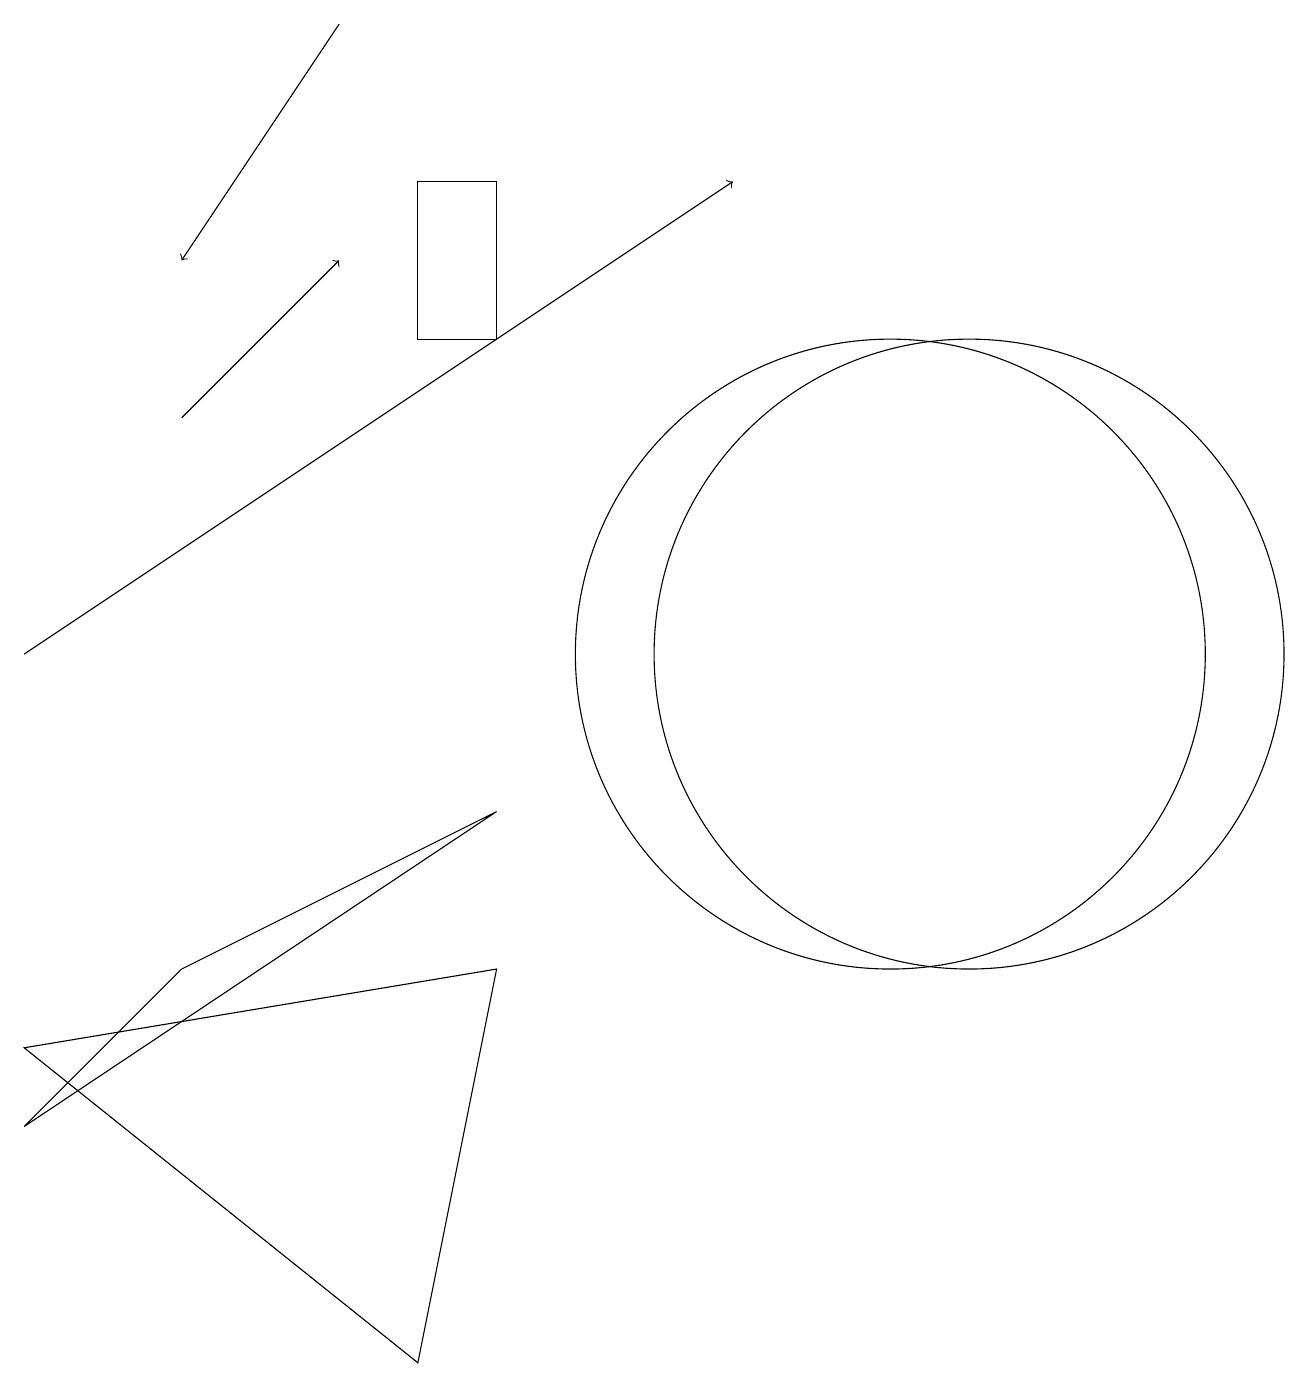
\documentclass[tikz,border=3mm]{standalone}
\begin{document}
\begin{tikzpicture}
\draw (6,9) -- (2,7) -- (0,5) -- cycle;
\draw (11,11) circle (4);
\draw[->] (0,11) -- (9,17);
\draw (6,15) rectangle (5,17);
\draw (0,6) -- (6,7) -- (5,2) -- cycle;
\draw[->] (4,19) -- (2,16);
\draw[->] (2,14) -- (4,16);
\draw (12,11) circle (4);
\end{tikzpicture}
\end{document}